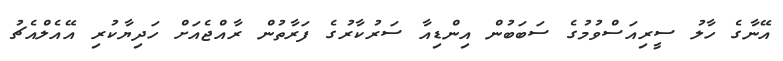
އޭނާގެ ހާލު ސީރިއަސްވުމުގެ ސަބަބުން އިންޑިއާ ސަރުކާރުގެ ފަރާތުން ރާއްޖެއަށް ހަދިޔާކުރި އޭއެލްއެޗު